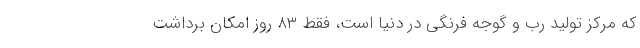
که مرکز تولید رب و گوجه فرنگی در دنیا است، فقط ۸۳ روز امکان برداشت